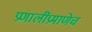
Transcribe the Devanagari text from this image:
प्रणालींप्रमाणेच